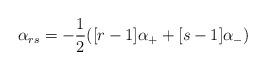
LaTeX: \begin{align*}\alpha _{rs}=-\frac{1}{2}([r-1]\alpha _{+}+[s-1]\alpha _{-})\end{align*}